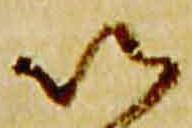
以